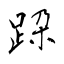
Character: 跥